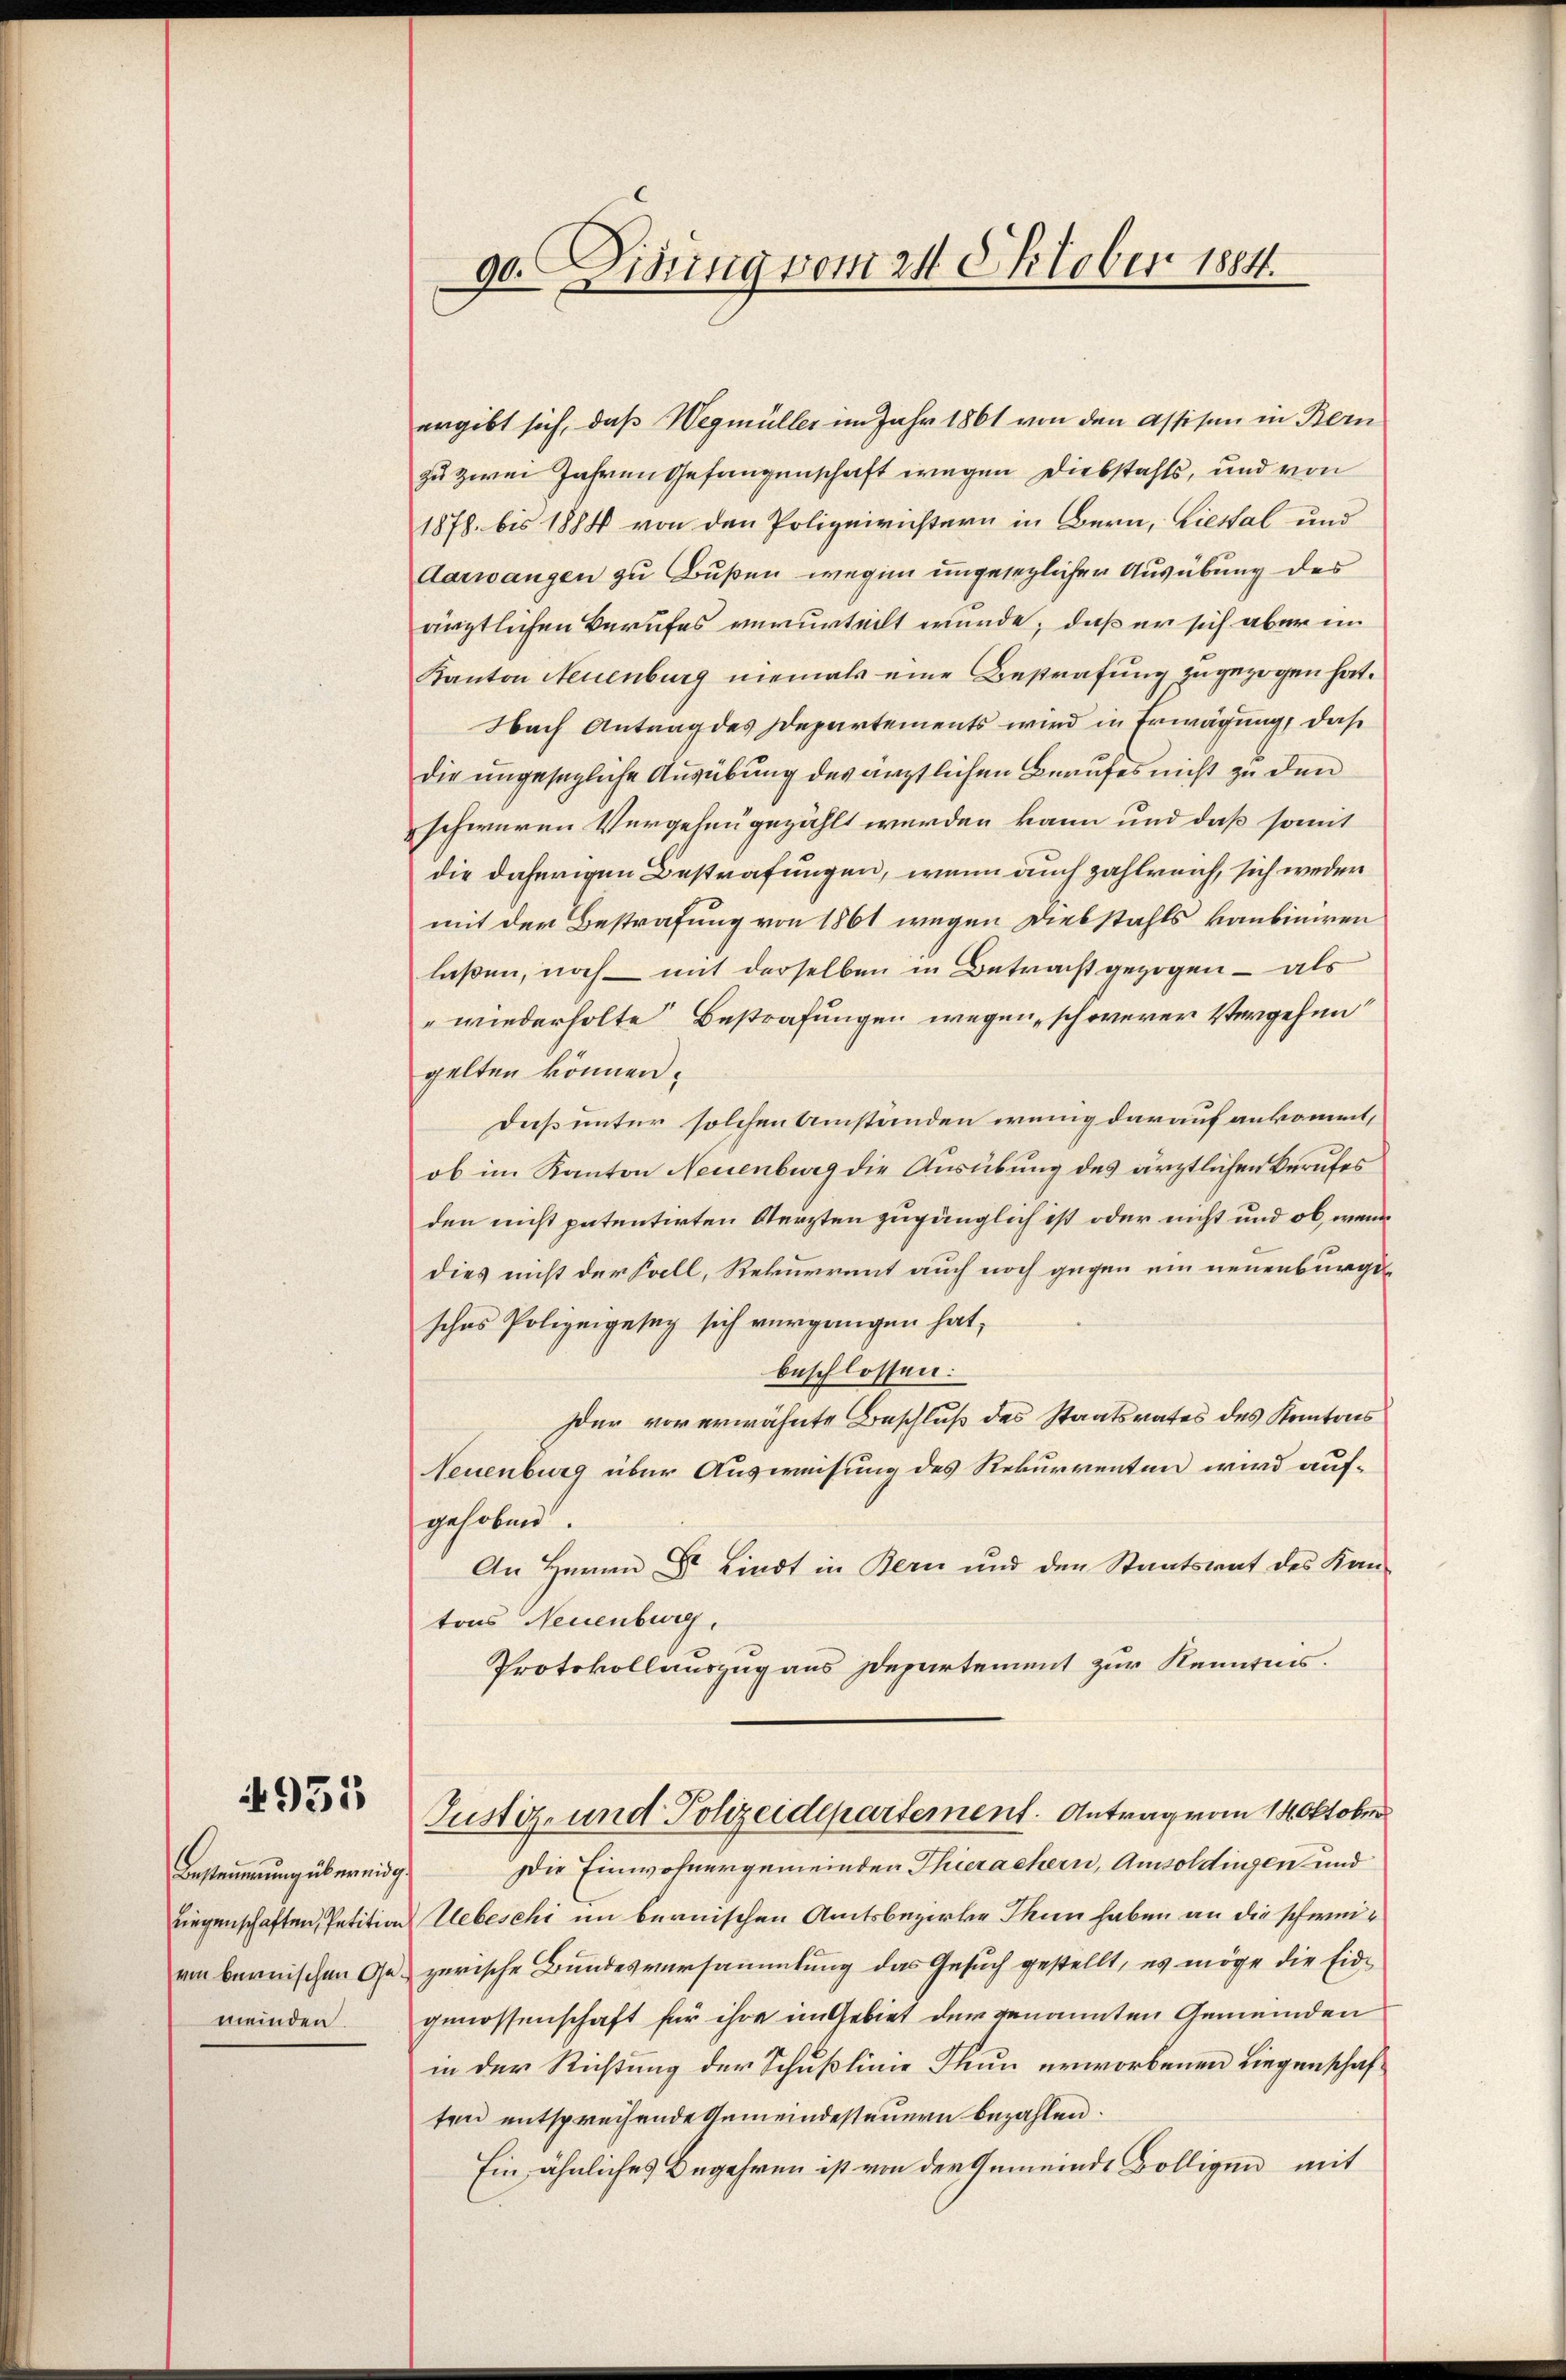
4931

Bestimmung übereidg.
Liegenschaften, Petition
von bernischen Gemeinden.

90. Didung vom 24. Oktober 1884.

ergibt sich, daß Wegmüller im Jahr 1861 von den Assisen in Bern
zu zwei Jahren Gefangenschaft wegen Diebstahls, und von
1878 bis 1888 von den Polizeirichtern in Bern, Liestal und
Aarwangen zu Bußen wegen ungesezlicher Ausübung des
ärztlichen Berufes verurteilt wurde; daß er sich aber im
Kanton Neuenburg niemals eine Bestrafung zugezogen hat.
Nach Antrag des Departements wird in Erwägung, daß
Die ungesezliche Ausübung des ärztlichen Beaufes nicht zu den
schweren Vergehen gezählt werden kann und daß somit
die daherigen Bestrafungen, wenn auch zahlreich, sich weder
mit der Bestrafung von 1861 wegen Diebstahls kanbiniren
laßen, noch mit derselben in Betracht gezogen – als
wiederholte Bestrafungen wegen schwerer Vergehen
gelten können.
Daß unter solchen Umständen wenig darauf ankommt,
ob im Kanton Neuenburg die Ausübung des ärztlichen Berufes
den nicht patentirten Verzten zugänglich ist oder nicht und ob, wenn
dies nicht der Fall, Rekurrent auch noch gegen ein neuenburgssches Polizeigesez sich vergangen hat,
beschlossen:
Der vorerwähnte Beschluß des Staatsrates des Kantons
Neuenburg über Ausweisung des Rekurrenten wird aufgehoben.
An Herrn Dr. Lindt in Bern und den Staatsrat des Kan-
tons Neuenburg,
Protokollauszug aus Departement zur Kenntnis.
Justiz- und Polizeidepartement. Antrag vom 14. Oktober
Die Einwohnergemeinden Thierachern, Amsoldingen und
Uebeschi im bernischen Amtsbezirke Thun haben an die schweizerische Bundesversammlung das Gesuch gestellt, es möge die Eidgenossenschaft für ihre im Gebiet der genannten Gemeinden
in der Richtung der Schußlinie Thun erworbenen Liegenschaften entsprechende Gemeindesteuern bezahlen.
Ein ähnliches Begehren ist von der Gemeinde völligen, mit